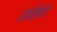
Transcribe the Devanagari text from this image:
हासिये